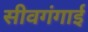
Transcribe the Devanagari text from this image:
सीवगंगाई